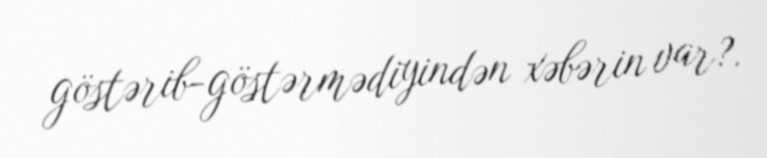
göstərib-göstərmədiyindən xəbərin var?.